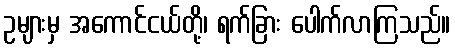
ဥများမှ အကောင်ငယ်တို့၊ ရက်ခြား ပေါက်လာကြသည်။